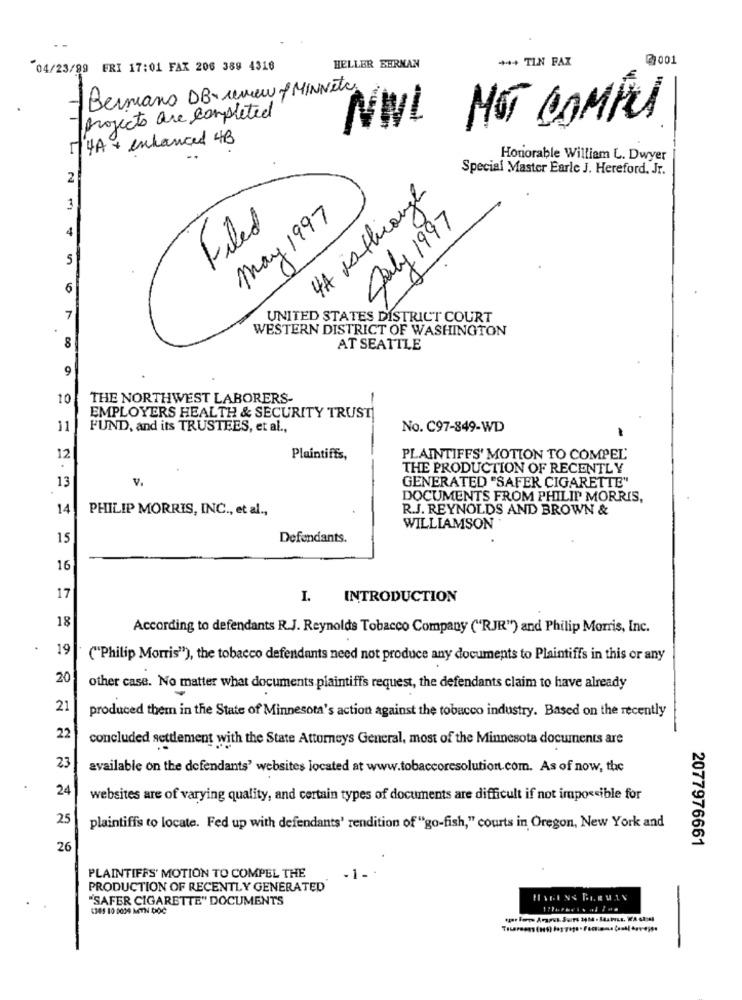
HELLER BERNAN
++++ TLN FAX
2 001
04/23/99 ERI 17:01 FAX 206 389 4318
-Bermans DB- review / MINNete.
projects are completed
NUL NOT COMPL
[/ 4A + enhanced 4B
Honorable William L. Dwyer
Special Master Earle J. Hereford. Jr.
2
4A isthrough
3
May 1997
July 1997
4
Filed
5
6
7
UNITED STATES DISTRICT COURT
WESTERN DISTRICT OF WASHINGTON
8
AT SEATTLE
9
10
THE NORTHWEST LABORERS-
EMPLOYERS HEALTH & SECURITY TRUST
11
FUND, and its TRUSTEES, et al .,
No. C97-849-WD
12
Plaintiffs,
PLAINTIFFS' MOTION TO COMPEL
THE PRODUCTION OF RECENTLY
13
V.
GENERATED "SAFER CIGARETTE"
DOCUMENTS FROM PHILIP MORRIS,
14
PHILIP MORRIS, INC ., et al .,
R.J. REYNOLDS AND BROWN &
WILLIAMSON
15
Defendants.
16
17
I. INTRODUCTION
18
According to defendants R.J. Reynolds Tobacco Company ("RJR") and Philip Morris, Inc.
19
("Philip Morris"), the tobacco defendants need not produce any documents to Plaintiffs in this or any
20
other case. No matter what documents plaintiffs request, the defendants claim to have already
21
produced them in the State of Minnesota's action against the tobacco industry. Based on the recently
22
concluded settlement with the State Attorneys General, most of the Minnesota documents are
23
available on the defendants' websites located at www.tobaccoresolution.com. As of now, the
24
websites are of varying quality, and certain types of documents are difficult if not impossible for
25
plaintiffs to locate. Fed up with defendants' rendition of "go-fish," courts in Oregon, New York and
2077976661
26
PLAINTIFFS' MOTION TO COMPEL THE
1-
PRODUCTION OF RECENTLY GENERATED
'SAFER CIGARETTE" DOCUMENTS
4383 10 0034 MTN DOC